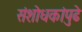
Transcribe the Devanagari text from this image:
संशोधकांपुढे